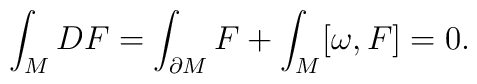
\int_M DF= \int_{\partial M} F + \int_ M[\omega,F] =0 .